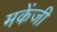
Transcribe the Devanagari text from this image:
मकेंजी